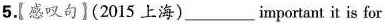
5.【感叹句】(2015 上海)___important it is for